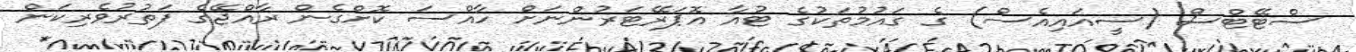
ސްޓޭޓްސް (ސީއައިއެސް) ގެ ގައުމުތަކުގެ ޓުއާ އޮޕަރޭޓަރުންނަށް ހާއްސަ ކޮށްގެން ރާއްޖޭގެ ފަތުރުވެރިކަން